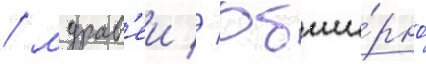
/ мурав'еи // Обши́рно